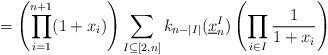
LaTeX: \begin{align*}= \left( \prod_{i=1}^{n+1} (1+x_i) \right) \sum_{I\subseteq [2,n]} k_{n - |I|} (\underline x_n^I) \left( \prod_{i\in I} \frac{1}{1+x_i} \right)\end{align*}